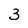
Character: 3